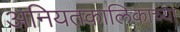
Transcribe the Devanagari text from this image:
अनियतकालिकाच्या